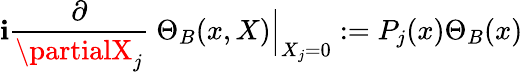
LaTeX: \mathbf{i}\frac{{\partial}}{{\partialX_{j}}}\ \Theta_{B}(x,X)\Big\vert_{X_{j}=0}:=P_{j}(x)\Theta_{B}(x)